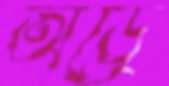
অড্রে